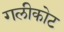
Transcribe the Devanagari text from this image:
गलीकोट